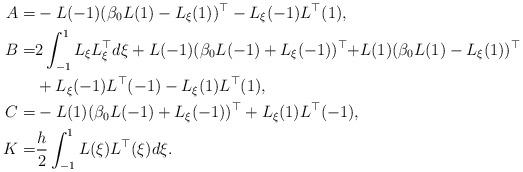
LaTeX: \begin{align*}A =& -L(-1)(\beta_0L(1)-L_\xi(1))^\top-L_\xi(-1)L^\top(1),\\B =& 2 \int_{-1}^1 L_\xi L_\xi^\top d\xi +L(-1)(\beta_0L(-1)+L_\xi(-1))^\top {+} L(1)(\beta_0L(1)-L_\xi(1))^\top\\ &+L_\xi(-1)L^\top(-1)-L_\xi(1)L^\top(1),\\C =& -L(1)(\beta_0L(-1)+L_\xi(-1))^\top+L_\xi(1)L^\top(-1),\\K =& \frac{h}{2}\int_{-1}^1 L(\xi)L^\top(\xi)d\xi.\end{align*}